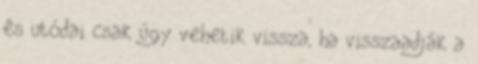
és utódai csak úgy vehetik vissza, ha vissza­adják a